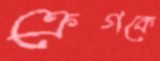
ক্রেগকে